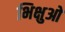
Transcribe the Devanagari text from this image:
भिक्षुओ